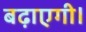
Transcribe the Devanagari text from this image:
बढ़ाएगी।